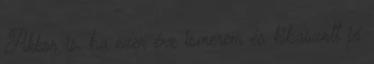
Akkor is, ha ezer éve ismerem és kibaszott jó